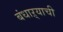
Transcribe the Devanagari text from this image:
बंधाऱ्याची